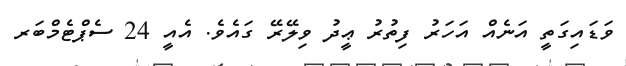
ވަޑައިގަތީ އަނެއް އަހަރު ފިތުރު ޢީދު ވިލޭރޭ ގައެވެ. އެއީ 24 ސެޕްޓެމްބަރ